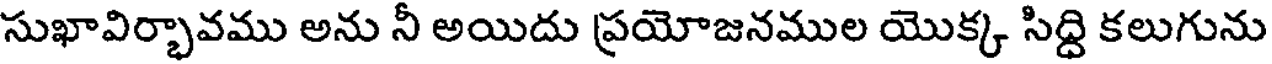
సుఖావిర్భావము అను నీ అయిదు ప్రయోజనముల యొక్క సిద్ది కలుగును